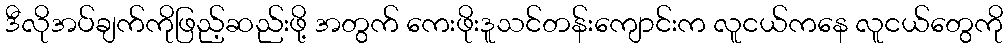
ဒီလိုအပ်ချက်ကိုဖြည့်ဆည်းဖို့ အတွက် ကေးဖိုးဒူသင်တန်းကျောင်းက လူငယ်ကနေ လူငယ်တွေကို